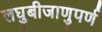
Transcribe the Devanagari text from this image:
लघुबीजाणुपर्ण